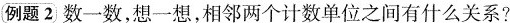
例题2 数一数，想一想，相邻两个计数单位之间有什么关系?